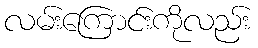
လမ်းကြောင်းကိုလည်း